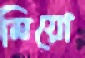
মিয়ো